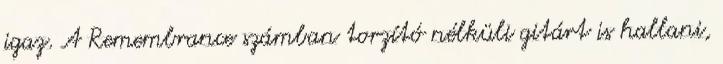
igaz. A Remembrance számban torzító nélküli gitárt is hallani,